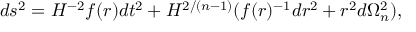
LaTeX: d s ^ { 2 } = H ^ { - 2 } f ( r ) d t ^ { 2 } + H ^ { 2 / ( n - 1 ) } ( f ( r ) ^ { - 1 } d r ^ { 2 } + r ^ { 2 } d \Omega _ { n } ^ { 2 } ) ,